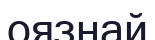
оязнай